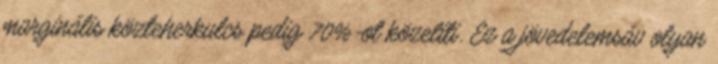
marginális közteherkulcs pedig 70%-ot közelíti. Ez a jövedelemsáv olyan